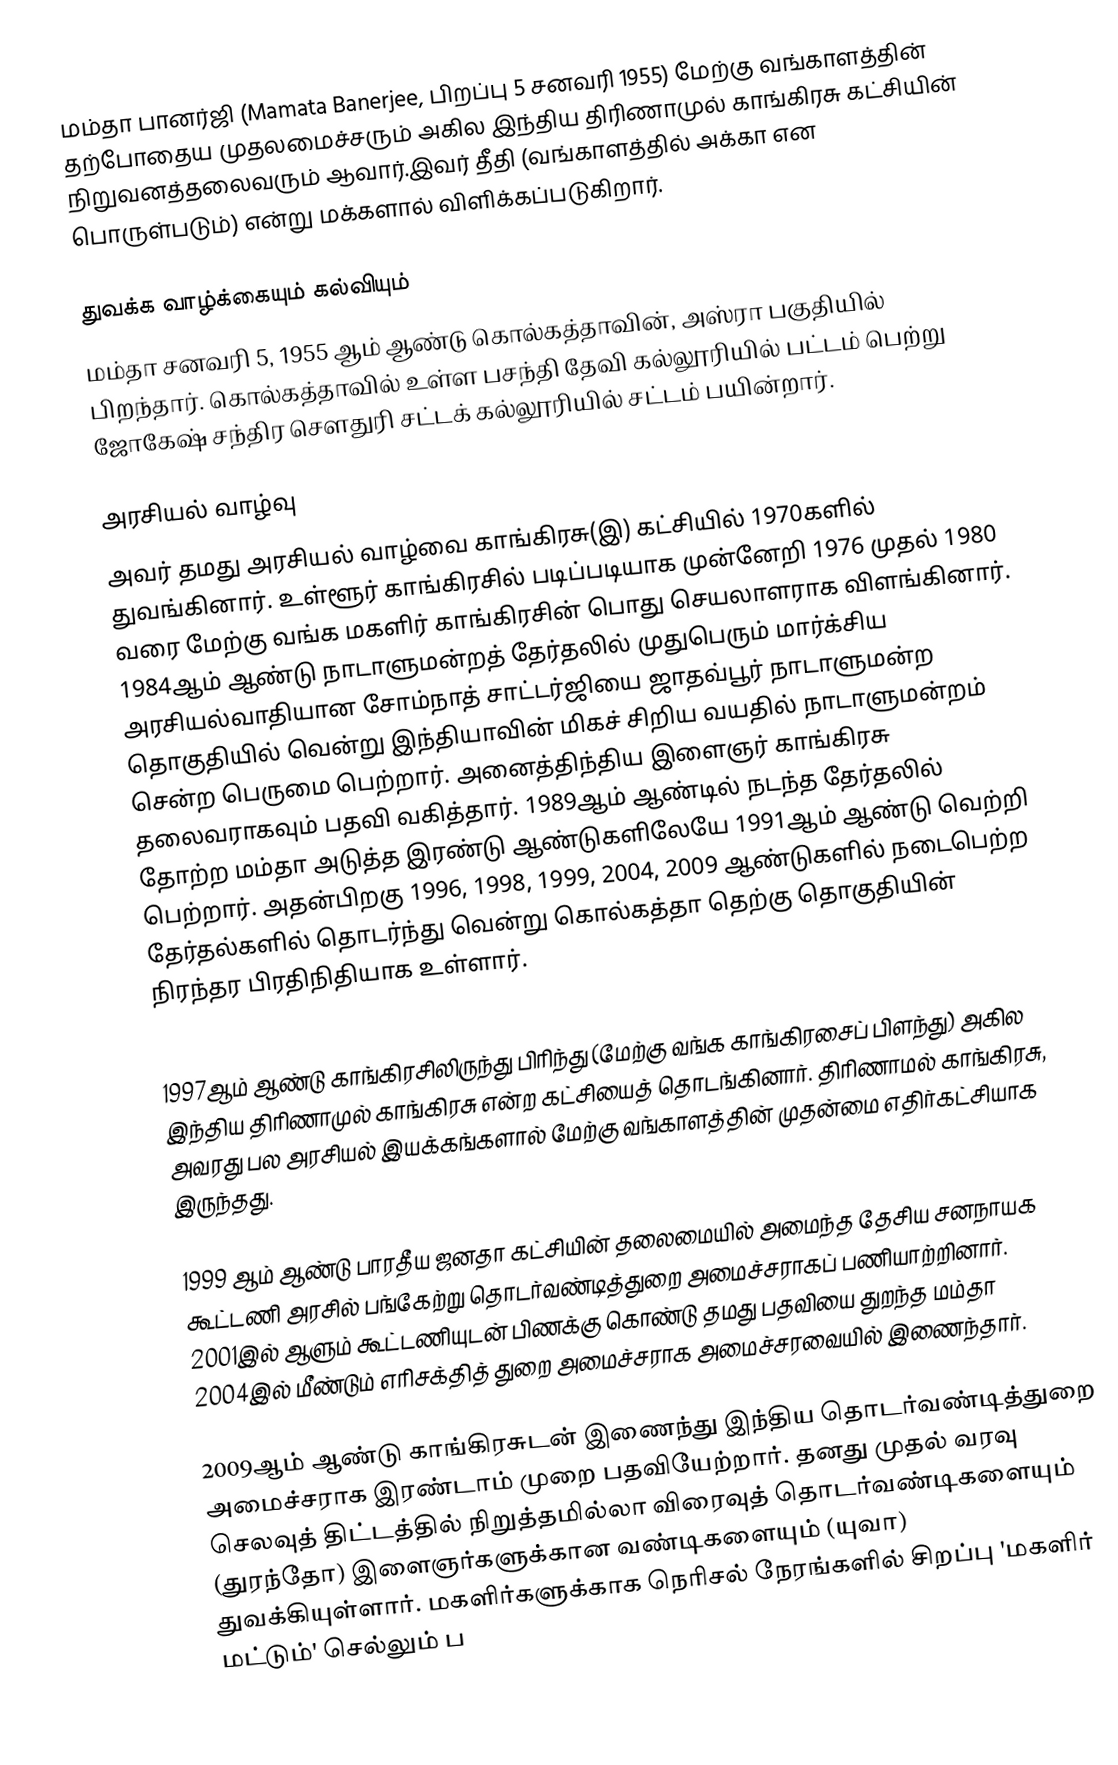
மம்தா பானர்ஜி (Mamata Banerjee, பிறப்பு 5 சனவரி 1955) மேற்கு வங்காளத்தின் தற்போதைய முதலமைச்சரும்  அகில இந்திய திரிணாமுல் காங்கிரசு கட்சியின் நிறுவனத்தலைவரும் ஆவார்.இவர் தீதி (வங்காளத்தில் அக்கா என பொருள்படும்) என்று மக்களால் விளிக்கப்படுகிறார்.

துவக்க வாழ்க்கையும் கல்வியும்
மம்தா சனவரி 5, 1955 ஆம் ஆண்டு கொல்கத்தாவின், அஸ்ரா பகுதியில் பிறந்தார். கொல்கத்தாவில் உள்ள பசந்தி தேவி கல்லூரியில் பட்டம் பெற்று ஜோகேஷ் சந்திர சௌதுரி சட்டக் கல்லூரியில் சட்டம் பயின்றார்.

அரசியல் வாழ்வு
அவர் தமது அரசியல் வாழ்வை காங்கிரசு(இ) கட்சியில் 1970களில் துவங்கினார். உள்ளூர் காங்கிரசில் படிப்படியாக முன்னேறி 1976 முதல் 1980 வரை மேற்கு வங்க மகளிர் காங்கிரசின் பொது செயலாளராக விளங்கினார். 1984ஆம் ஆண்டு நாடாளுமன்றத் தேர்தலில் முதுபெரும் மார்க்சிய அரசியல்வாதியான சோம்நாத் சாட்டர்ஜியை ஜாதவ்பூர் நாடாளுமன்ற தொகுதியில் வென்று இந்தியாவின் மிகச் சிறிய வயதில் நாடாளுமன்றம் சென்ற பெருமை பெற்றார். அனைத்திந்திய இளைஞர் காங்கிரசு தலைவராகவும் பதவி வகித்தார். 1989ஆம் ஆண்டில் நடந்த தேர்தலில் தோற்ற மம்தா அடுத்த இரண்டு ஆண்டுகளிலேயே 1991ஆம் ஆண்டு வெற்றி பெற்றார். அதன்பிறகு 1996, 1998, 1999, 2004, 2009 ஆண்டுகளில் நடைபெற்ற தேர்தல்களில் தொடர்ந்து வென்று கொல்கத்தா தெற்கு தொகுதியின் நிரந்தர பிரதிநிதியாக உள்ளார்.

1997ஆம் ஆண்டு காங்கிரசிலிருந்து பிரிந்து (மேற்கு வங்க காங்கிரசைப் பிளந்து) அகில இந்திய திரிணாமுல் காங்கிரசு என்ற  கட்சியைத் தொடங்கினார். திரிணாமல் காங்கிரசு, அவரது பல அரசியல் இயக்கங்களால் மேற்கு வங்காளத்தின் முதன்மை எதிர்கட்சியாக இருந்தது.

1999 ஆம் ஆண்டு பாரதீய ஜனதா கட்சியின் தலைமையில் அமைந்த தேசிய சனநாயக கூட்டணி அரசில் பங்கேற்று தொடர்வண்டித்துறை அமைச்சராகப் பணியாற்றினார். 2001இல் ஆளும் கூட்டணியுடன் பிணக்கு கொண்டு தமது பதவியை துறந்த மம்தா 2004இல் மீண்டும் எரிசக்தித் துறை அமைச்சராக அமைச்சரவையில் இணைந்தார்.

2009ஆம் ஆண்டு காங்கிரசுடன் இணைந்து இந்திய தொடர்வண்டித்துறை அமைச்சராக இரண்டாம் முறை பதவியேற்றார். தனது முதல் வரவு செலவுத் திட்டத்தில் நிறுத்தமில்லா விரைவுத் தொடர்வண்டிகளையும் (துரந்தோ) இளைஞர்களுக்கான வண்டிகளையும் (யுவா) துவக்கியுள்ளார். மகளிர்களுக்காக நெரிசல் நேரங்களில் சிறப்பு 'மகளிர் மட்டும்' செல்லும் ப